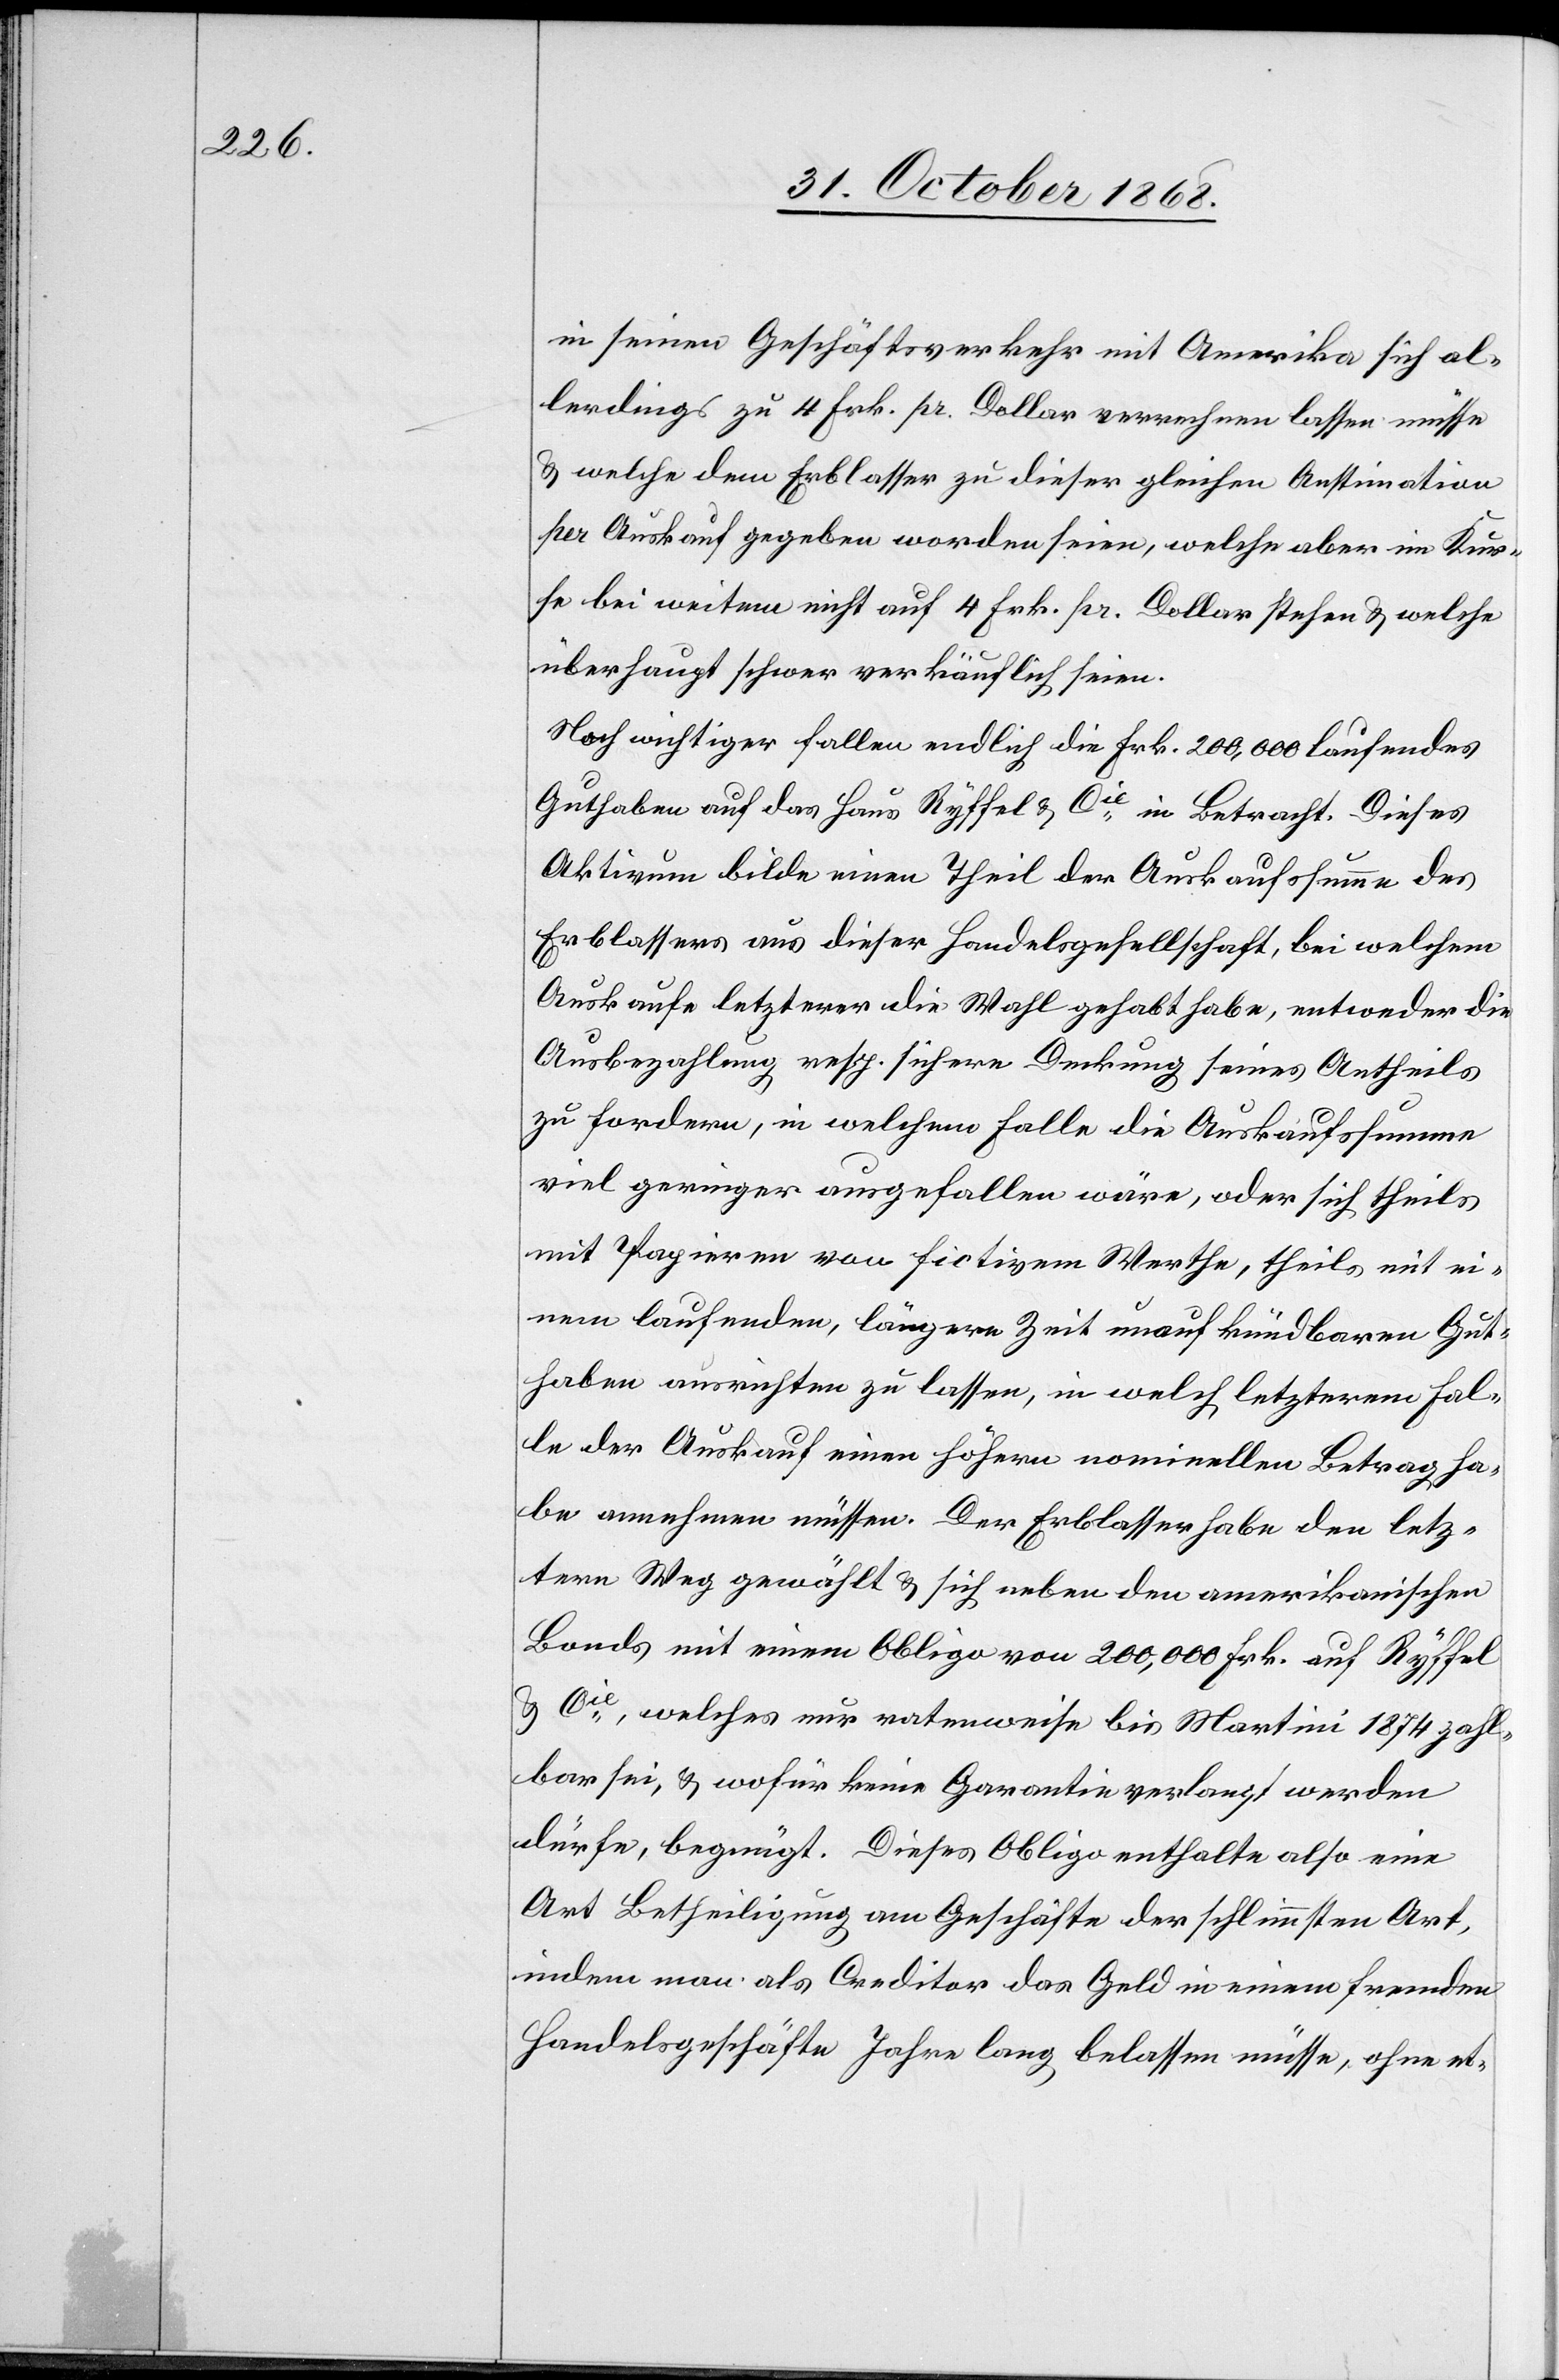
in seinen Geschäftsverkehr mit Amerika sich al¬
lerdings zu 4 Frk. pr. Dollar verrechnen lassen müsse
& welche dem Erblasser zu dieser gleichen Anstimation
per Auskauf gegeben worden seien, welche aber im Kur¬
se bei weitem nicht auf 4 Frk. pr. Dollar stehen & welche
überhaupt schwer verkäuflich seien.
Noch wichtiger fallen endlich die Frk. 200,000 laufendes
Guthaben auf das Haus Ryffel & Cie in Betracht. Dieses
Aktivum bilde einen Theil der Auskaufssumme des
Erblassers aus dieser Handelsgesellschaft, bei welchem
Auskaufe letzterer die Wahl gehabt habe, entweder die
Ausbezahlung resp. sichere Deckung seines Antheils
zu fordern, in welchem Falle die Auskaufssumme
viel geringer ausgefallen wäre, oder sich theils
mit Papieren von fictivem Werthe, theils mit ei¬
nem laufenden, längere Zeit unaufkündbaren Gut¬
haben ausrichten zu lassen, in welch letzterem Fal¬
le der Auskauf einen höhern nominellen Betrag ha¬
be annehmen müssen. Der Erblasser habe den letz¬
tern Weg gewählt & sich neben den amerikanischen
Bonds mit einem Obligo von 200,000 Frk. auf Ryffel
& Cie, welches nur ratenweise bis Martini 1874 zahl¬
bar sei, & wofür keine Garantie verlangt werden
dürfe, begnügt. Dieses Obligo enthalte also eine
Art Betheiligung am Geschäfte der schlimmsten Art,
indem man als Creditor das Geld in einem fremden
Handelsgeschäfte Jahre lang belassen müsse, ohne et-